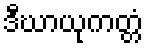
ဒီဃာယုကတ္တံ